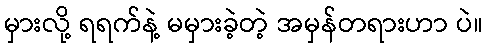
မှားလို့ ရရက်နဲ့ မမှားခဲ့တဲ့ အမှန်တရားဟာ ပဲ။